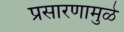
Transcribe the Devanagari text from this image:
प्रसारणामुळे